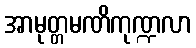
အာမုတ္တမဏိကုဏ္ဍလာ